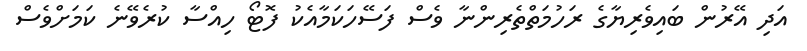
އަދި އޭރުން ބައިވެރިޔާގެ ރަހުމަތްތެރިންނާ ވެސް ފަސޭހަކަމާއެކު ފޮޓޯ ހިއްސާ ކުރެވޭނެ ކަމަށްވެސް